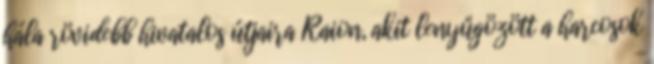
hála rövidebb hivatalos útjaira Raion, akit lenyűgözött a harcosok